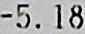
-5.18